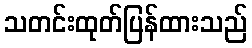
သတင်းထုတ်ပြန်ထားသည်